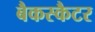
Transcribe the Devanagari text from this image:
बैकस्कैटर